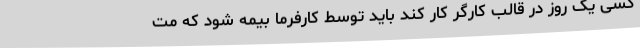
کسی یک روز در قالب کارگر کار کند باید توسط کارفرما بیمه شود که مت